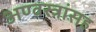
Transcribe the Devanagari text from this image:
अण्वस्त्रांसह